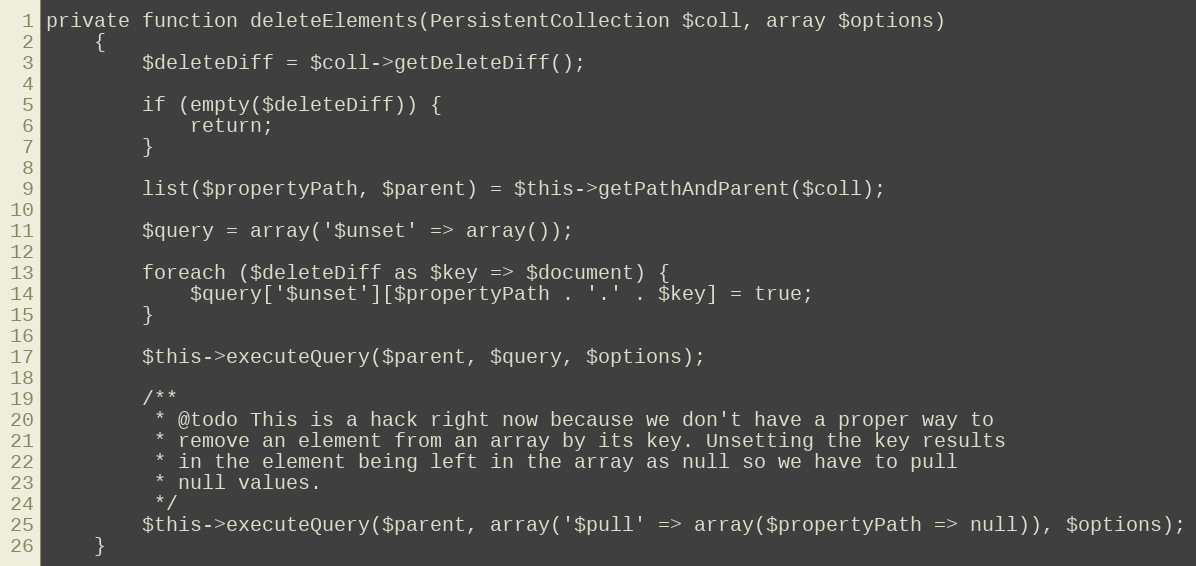
Language: PHP
private function deleteElements(PersistentCollection $coll, array $options)
    {
        $deleteDiff = $coll->getDeleteDiff();

        if (empty($deleteDiff)) {
            return;
        }

        list($propertyPath, $parent) = $this->getPathAndParent($coll);

        $query = array('$unset' => array());

        foreach ($deleteDiff as $key => $document) {
            $query['$unset'][$propertyPath . '.' . $key] = true;
        }

        $this->executeQuery($parent, $query, $options);

        /**
         * @todo This is a hack right now because we don't have a proper way to
         * remove an element from an array by its key. Unsetting the key results
         * in the element being left in the array as null so we have to pull
         * null values.
         */
        $this->executeQuery($parent, array('$pull' => array($propertyPath => null)), $options);
    }